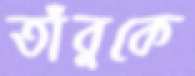
তাঁবুকে